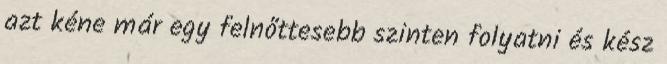
azt kéne már egy felnőttesebb szinten folyatni és kész